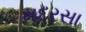
મદરસા